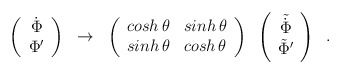
\begin{align*}\left( \begin{array}{c}\dot{\Phi} \\ \Phi^{\prime}\end{array}\right) \;\; \rightarrow \;\; \left( \begin{array}{cc}cosh\,\theta & sinh\,\theta \\ sinh\,\theta & cosh\,\theta\end{array}\right)\;\; \left( \begin{array}{c}\tilde{\dot{\Phi}} \\ \tilde{\Phi}^{\prime}\end{array}\right)\;\;.\end{align*}